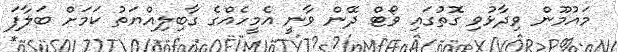
މައުމޫން ވިދާޅުވި ގޮތުގައި ވޯޓް ދޭން ވާނީ އެމީހެއްގެ ގާބިލިއްޔަތު ކަމަށް ބަލާފަ